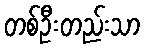
တစ်ဦးတည်းသာ